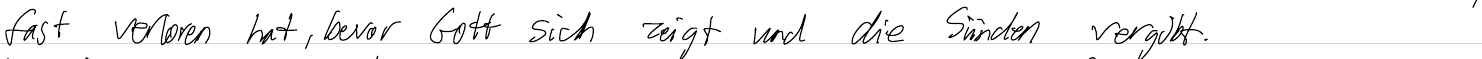
fast verloren hat, bevor Gott sich zeigt und die Sünden vergibt.